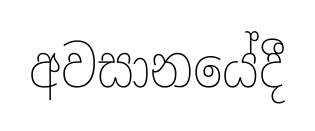
අවසානයේදී